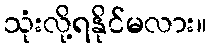
သုံးလို့ရနိုင်မလား။